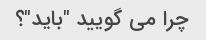
چرا می گویید "باید"؟